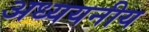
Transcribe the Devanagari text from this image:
अध्ययनीय